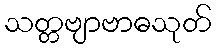
သတ္တဗျာဗာဓသုတ်